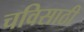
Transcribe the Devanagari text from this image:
चविसाठी